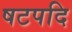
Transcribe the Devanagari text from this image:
षटपदि